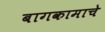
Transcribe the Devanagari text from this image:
बागकामाचे